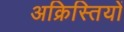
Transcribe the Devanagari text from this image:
अक्रिस्तियों